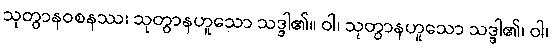
သုတွာနဝစနဿ၊ သုတွာနဟူသော သဒ္ဒါ၏။ ဝါ၊ သုတွာနဟူသော သဒ္ဒါ၏၊ ဝါ၊